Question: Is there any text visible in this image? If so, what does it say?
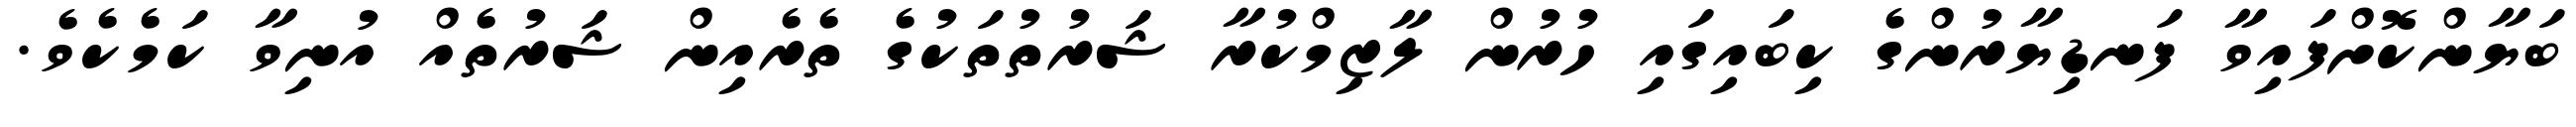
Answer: ބަޔާންކޮށްފައިވާ ފަނޑިޔާރުންގެ ކިބައިގައި ހުރުން ލާޒިމްކުރާ ޝަރުތުތަކުގެ ތެރެއިން ޝަރުތެއް އުނިވާ ކަމެކެވެ.